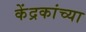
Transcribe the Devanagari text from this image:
केंद्रकांच्या